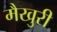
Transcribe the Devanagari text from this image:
मैखुरी